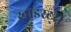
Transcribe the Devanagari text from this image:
ख्राइस्ट्स